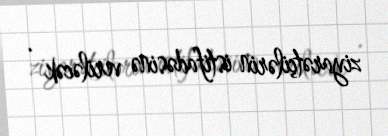
ziyarətçilərin istifadəsinə veriləcək .